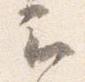
云